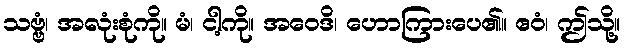
သဗ္ဗံ၊ အလုံးစုံကို။ မံ၊ ငါ့ကို။ အဝေဒိ၊ ဟောကြားပေ၏။ ဧဝံ၊ ဤသို့။